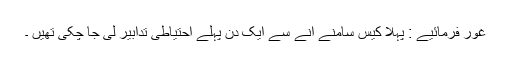
غور فرمائیے : پہلا کیس سامنے آنے سے ایک دن پہلے احتیاطی تدابیر لی جا چکی تھیں ۔